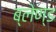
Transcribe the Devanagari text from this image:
ब्लेण्ड